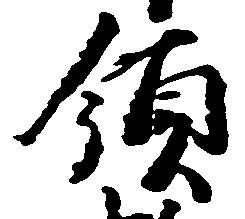
領